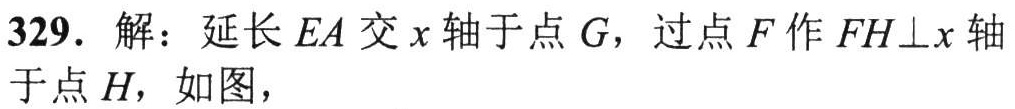
329. 解：延长 \(EA\) 交 \(x\) 轴于点 \(G\)，过点 \(F\) 作 \(FH\perp x\) 轴于点 \(H\)，如图，